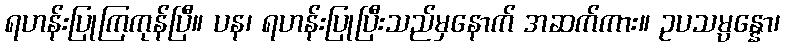
ရဟန်းပြုကြကုန်ပြီ။ ပန၊ ရဟန်းပြုပြီးသည်မှနောက် အဆက်ကား။ ဥပသမ္ပန္နော၊